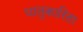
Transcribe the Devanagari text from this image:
धातुकारिता